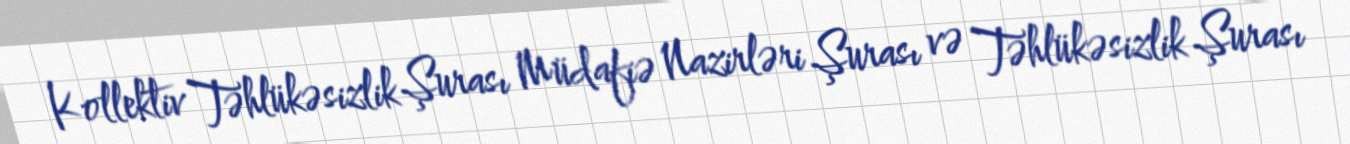
Kollektiv Təhlükəsizlik Şurası Müdafiə Nazirləri Şurası və Təhlükəsizlik Şurası